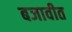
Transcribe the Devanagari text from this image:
बजावीत